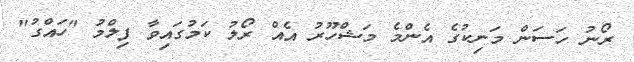
ރޯނު ހަސަން މަނިކުގެ އެންމެ މަޝްހޫރު އެއް ރޯލު ކަމުގައިވާ ފިލްމު "ހައްގު"